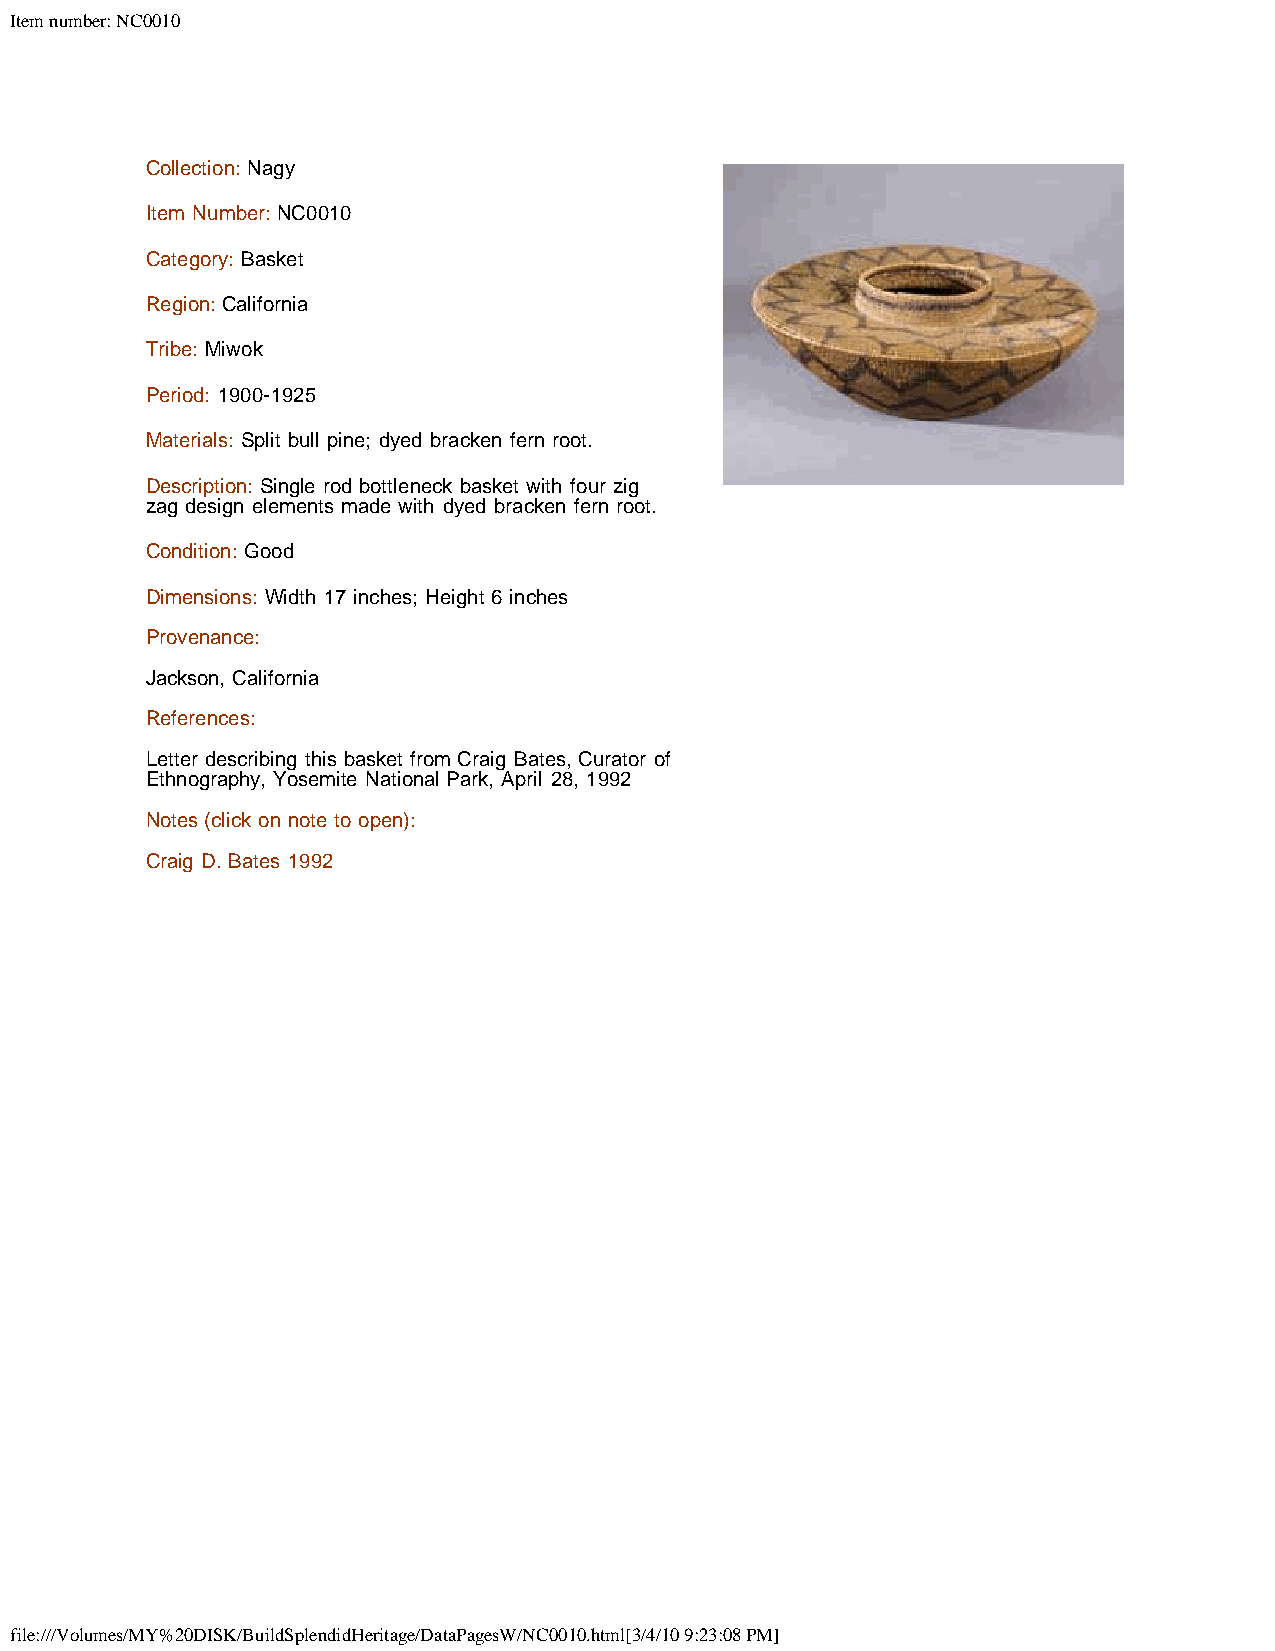
Item number: NC0010
 Collection: Nagy
 Item Number: NC0010
 Category: Basket
 Region: California
 Tribe: Miwok
 Period: 1900-1925
 Materials: Split bull pine; dyed bracken fern root.
 Description: Single rod bottleneck basket with four zig
 zag design elements made with dyed bracken fern root.
 Condition: Good
 Dimensions: Width 17 inches; Height 6 inches
 Provenance:
 Jackson, California
 References:
 Letter describing this basket from Craig Bates, Curator of
 Ethnography, Yosemite National Park, April 28, 1992
 Notes (click on note to open):
 Craig D. Bates 1992
 file:///Volumes/MY%20DISK/BuildSplendidHeritage/DataPagesW/NC0010.html[3/4/10 9:23:08 PM]